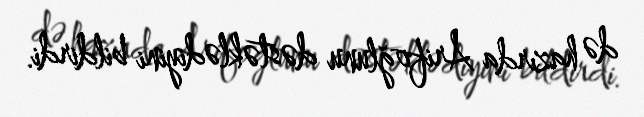
də hazırda Arifoğlunu dəstəklədiyini bildirdi.